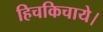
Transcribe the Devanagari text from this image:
हिचकिचाये।